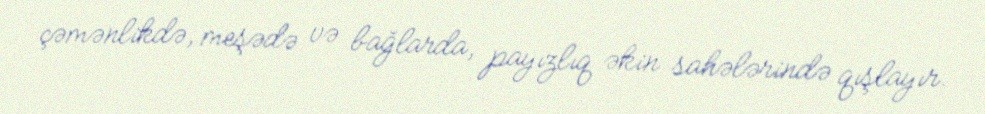
çəmənlikdə, meşədə və bağlarda, payızlıq əkin sahələrində qışlayır.